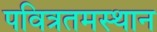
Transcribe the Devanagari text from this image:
पवित्रतमस्थान